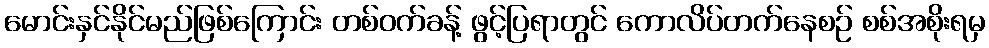
မောင်းနှင်နိုင်မည်ဖြစ်ကြောင်း တစ်ဝက်ခန့် ဖွင့်ပြရာတွင် ကောလိပ်တက်နေစဉ် စစ်အစိုးရမှ